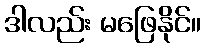
ဒါလည်း မဖြေနိုင်။